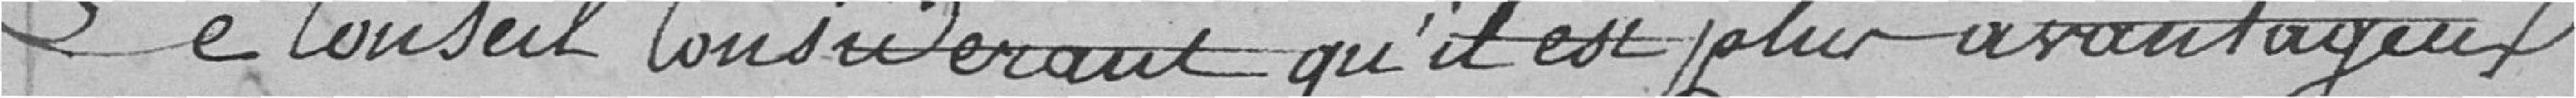
Le Conseil considérant qu'il est plus avantageux